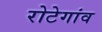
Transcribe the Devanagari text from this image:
रोटेगांव